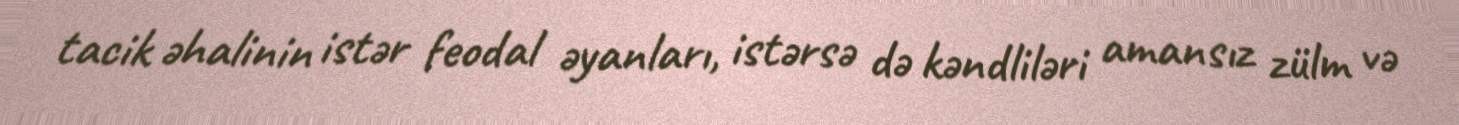
tacik əhalinin istər feodal əyanları, istərsə də kəndliləri amansız zülm və